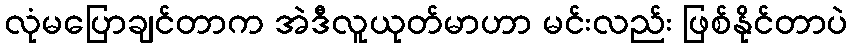
လုံမပြောချင်တာက အဲဒီလူယုတ်မာဟာ မင်းလည်း ဖြစ်နိုင်တာပဲ